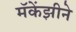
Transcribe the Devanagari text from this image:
मॅकेंझीने